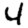
Digit: 4